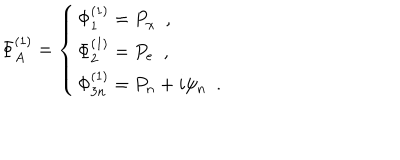
\Phi _ { A } ^ { ( 1 ) } = \left\{ \begin{array} { l } { { \Phi _ { 1 } ^ { ( 1 ) } = P _ { \chi } \, \, \, , } } \\ { { \Phi _ { 2 } ^ { ( 1 ) } = P _ { e } \, \, \, , } } \\ { { \Phi _ { 3 n } ^ { ( 1 ) } = P _ { n } + i \psi _ { n } \, \, \, . } } \\ \end{array} \right.